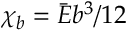
\chi _ { b } = \bar { E } b ^ { 3 } / 1 2